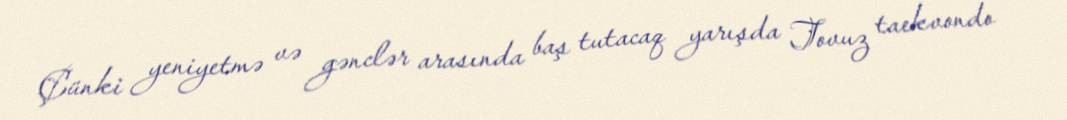
Çünki yeniyetmə və gənclər arasında baş tutacaq yarışda Tovuz taekvondo